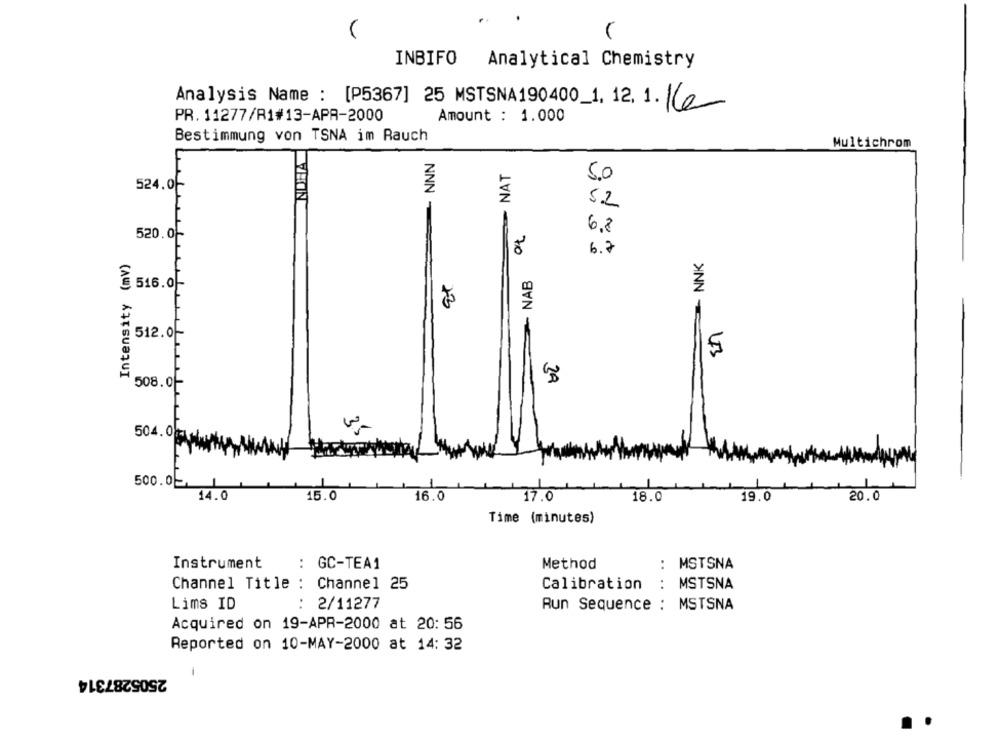
INBIFO
Analytical Chemistry
Analysis Name : [P5367] 25 MSTSNA190400_1, 12. 1.16
PR. 11277/R1#13-APR-2000
Amount : 1.000
Bestimmung von TSNA im Rauch
Multichrom
NOWA
NNN
NAT
5.0
524.0F
5.2
6.8
520.0-
6.7
Intensity (mv)
NNK
Et
~ NAB
516.0-
512.0
5
ZA
508.01
504.04
500.05 1
14.0
15.0
16.0
17.0
18.0
19.0
20.0
Time (minutes)
Instrument
:
MSTSNA
: GC-TEA1
Method
Channel Title : Channel 25
Calibration
:
MSTSNA
Lims ID
: 2/11277
Run Sequence : MSTSNA
Acquired on 19-APR-2000 at 20: 56
Reported on 10-MAY-2000 at 14: 32
-
2505287314